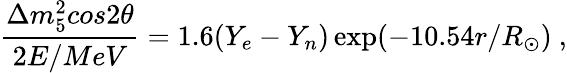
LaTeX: \frac{\Delta m_{5}^{2}cos2\theta}{2E/MeV}=1.6(Y_{e}-Y_{n})\exp(-10.54r/R_{\odot})~,